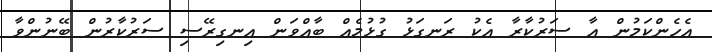
އެހެންކަމުން އާ ސަރުކާރާ އެކު ރަނގަޅު ގުޅުމެއް ބާއްވަން އިނގިރޭސި ސަރުކާރުން ބޭނުންވާ